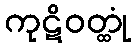
ကုဋိဝတ္ထုံ